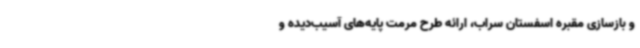
و بازسازی مقبره اسفستان سراب، ارائه طرح مرمت پایه‌های آسیب‌دیده و